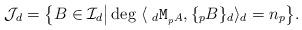
LaTeX: \begin{align*}\mathcal J_d = \big \{ B \in \mathcal I_d \big \vert \deg \; \langle \ _d \texttt{M}_{_pA}, \{_pB\}_d\rangle_d =n_p \big \}.\end{align*}